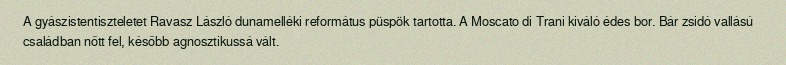
A gyászistentiszteletet Ravasz László dunamelléki református püspök tartotta. A Moscato di Trani kiváló édes bor. Bár zsidó vallású családban nőtt fel, később agnosztikussá vált.